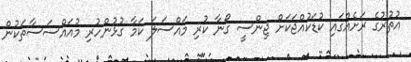
އުތުރުގެ ރަށެއްގައި ކުޑަކުއްޖަކަށް ޖިންސީ ގޯނާ ކުރި މައްސަލަ ކަމާ ގުޅުންހުރި މުއައްސަސާތަކުން